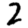
Digit: 2